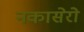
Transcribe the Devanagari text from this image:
नकासेरो